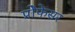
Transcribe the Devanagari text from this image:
प्रोेफेसर